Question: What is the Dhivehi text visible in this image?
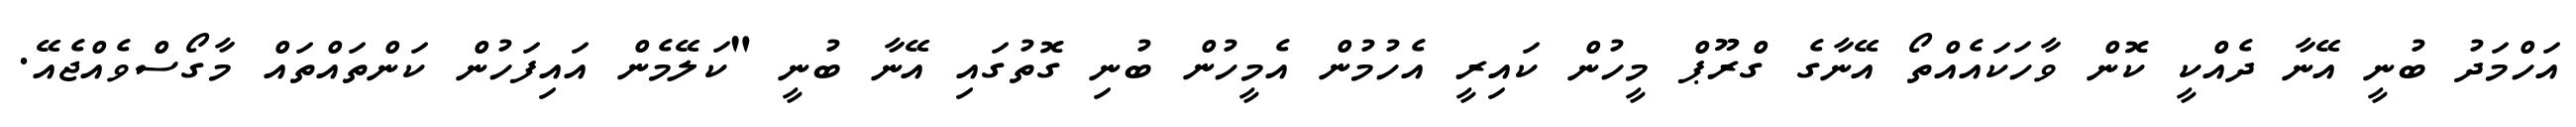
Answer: އަހްމަދު ބުނީ އޭނާ ދެއްކީ ކޮން ވާހަކައެއްތޯ އޭނާގެ ގްރޫޕް މީހުން ކައިރީ އެހުމުން އެމީހުން ބުނި ގޮތުގައި އޭނާ ބުނީ "ކަލޭމެން އައިފަހުން ކަންތައްތައް މާގޯސްވެއްޖެއޭ.